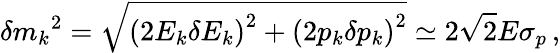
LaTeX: \delta{m_{k}}^{2}=\sqrt{\left(2E_{k}\delta{E_{k}}\right)^{2}+\left(2p_{k}\delta{p_{k}}\right)^{2}}\simeq 2\sqrt{2}E\sigma_{p}\, ,